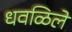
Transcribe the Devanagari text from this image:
धवळिलें